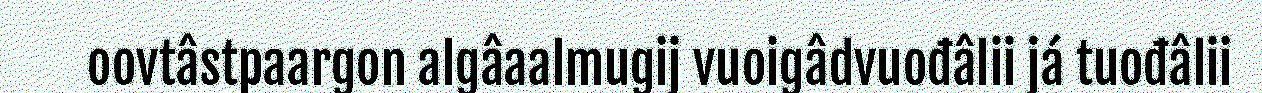
oovtâstpaargon algâaalmugij vuoigâdvuođâlii já tuođâlii